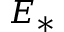
E _ { * }